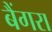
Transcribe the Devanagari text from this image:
बैंगरा